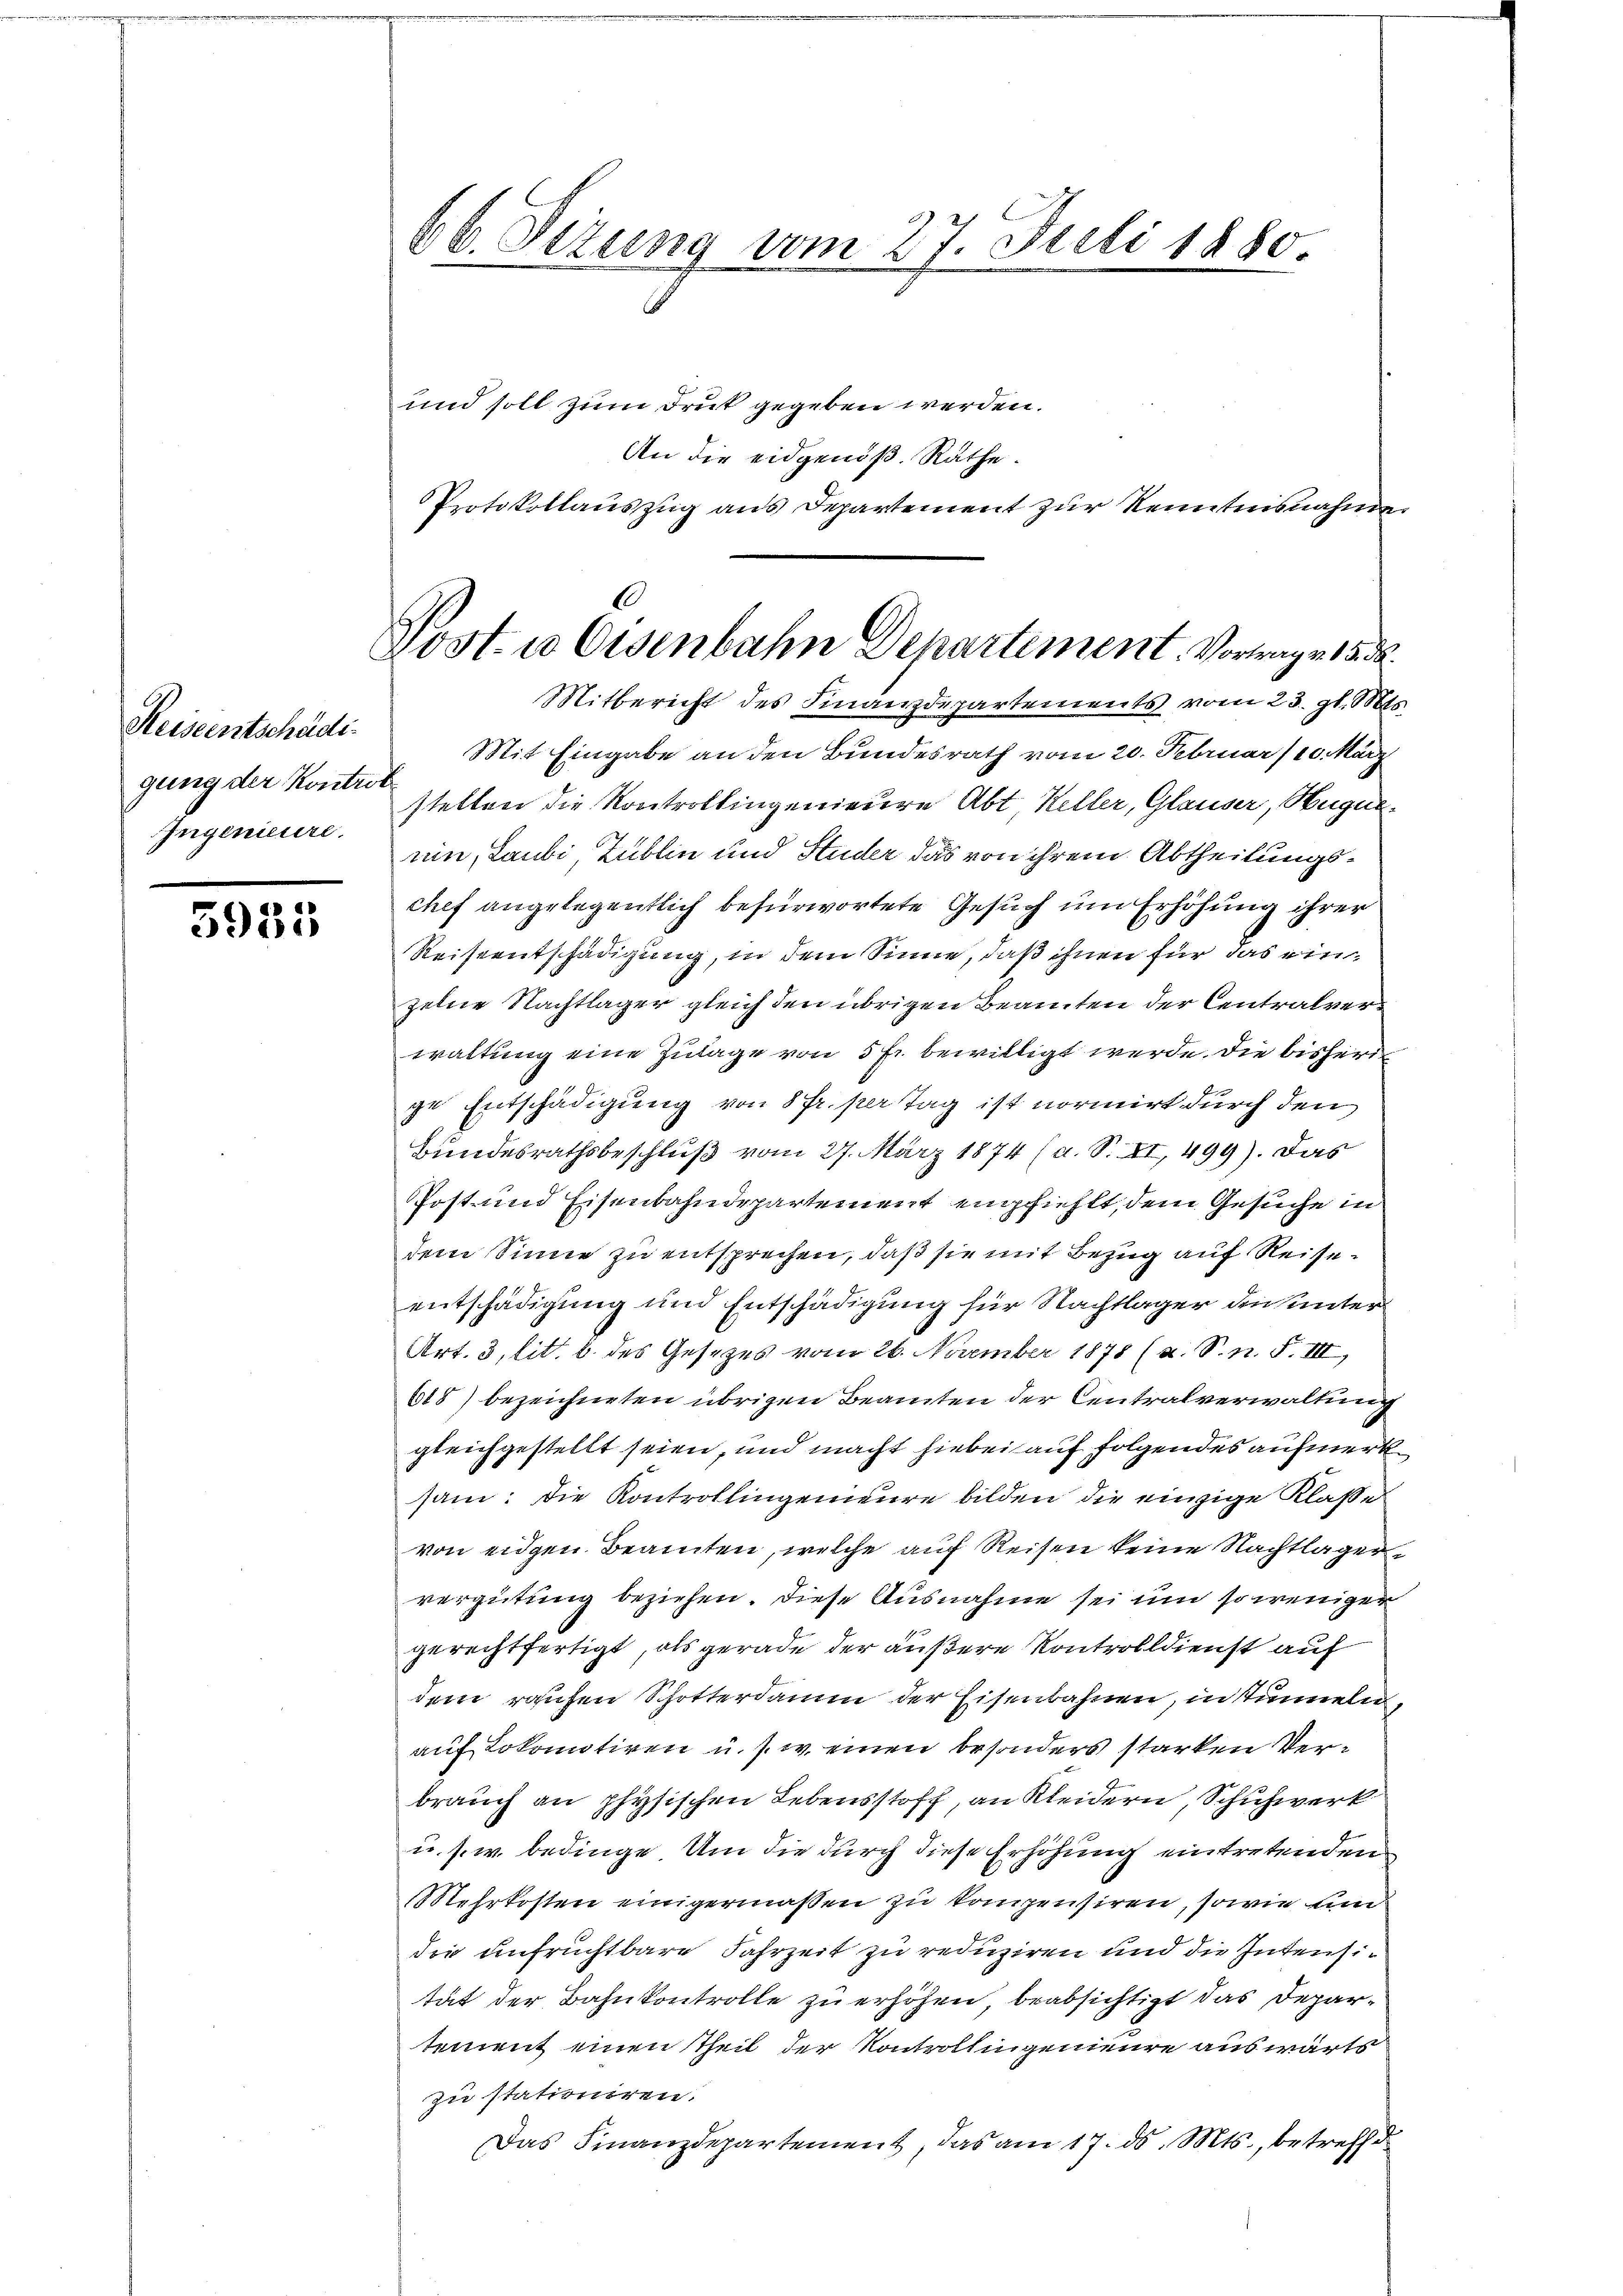
Reiseentschädi
Ingenieuse.

5933

66. Dezung vom 27. Juli 1880.

und soll zum Dreit gegeben werden.
An die eidgenöß. Räthe.
Protokollauszug aus Departement zur Kenntnisnahmen
Mitbericht des Finanzdepartements vom 23. gl. Mts.
Mit Eingabe an den Bundesrath vom 20. Februar /10. März
gung der Kontre stellen die Kontrollingenieure Abt. Keller, Glauser, Hugen.
uin, Laubi, Zublin und Studer das von ihrem Abtheilungschef angelegentlich befürwortete Gesuch um Erhöhung ihrer
Reiseentschädigung, in dem Sinne, daß ihnen für das einzelne Nachtlager gleich den übrigen Beamten der Centralverwaltung eine Zulage von 5 fr. bewilligt werde. Die bisherige Entschädigung von 8 Fr. per Tag ist normirt durch den
Bundesrathsbeschluß vom 27. März 1874 (a. S. XI, 499). Das
Post- und Eisenbahndepartement empfiehlt, dem Gesuche in
dem Sinne zu entsprechen, daß sie mit Bezug auf Reiseentschädigung und Entschädigung für Nachtlager die unter
Art. 3, lit. b. des Gesezes vom 26. November 1878 (s. S. n. F. III,
618) bezeichneten übrigen Beamten der Centralverwaltung
gleichgestellt seien, und macht hiebei auf folgendes aufmerk
sam: die Kontrollingenieure bilden die einzige Klasse
von eidgen Beamten, welche auf Reisen keine Nachtlagervergütung beziehen. Diese Ausnahme sei um so weniger
gerechtfertigt, als gerade der äußere Kontrolldienst auf
dem raschen Schotterdamm der Eisenbahnen, in stimmeln,
auf Lokomotiven u. s. w. einen besonders starken Verbrauch an physischen Lebensstoff, an Kleidern, Schuhwerk
u. s. w. bedinge. Um die durch diese Erhöhung eintretenden
Mehrkosten einigermaßen zu kompensiren, sowie un
die unfruchtbare Fahrzeit zu reduziren und die Intensität der Bahnkontrolle zu erhöhen, beabsichtigt das Departement einen Theil der Kontrollingenieure auswärts
zu stationiren.
Das Finanzdepartement, das am 17. ds. Mts., betreffd

C
Vost- u Eisenbahn Departement. Vortrage 15. d.